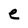
Character: e